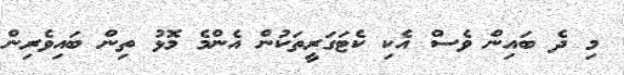
މި ދެ ބައިން ވެސް އެކި ކެޓަގަރީތަކުން އެންމެ މޮޅު ތިން ބައިވެރިން